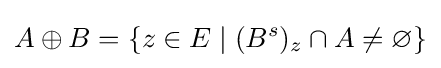
A\oplus B=\{z\in E\mid (B^{s})_{z}\cap A\neq \varnothing \}